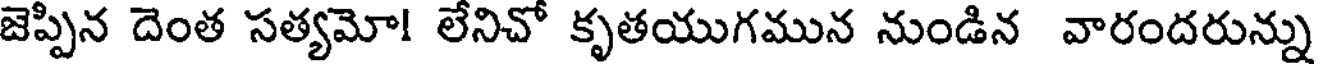
జెప్పిన దెంత సత్యమో! లేనిచో కృతయుగమున నుండిన వారందరున్ను